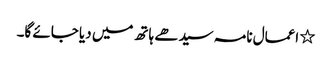
٭ اعمال نامہ سیدھے ہاتھ میں دیا جائے گا۔